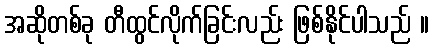
အဆိုတစ်ခု တီထွင်လိုက်ခြင်းလည်း ဖြစ်နိုင်ပါသည် ။